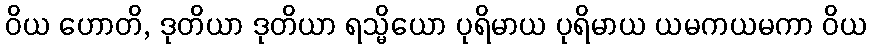
ဝိယ ဟောတိ, ဒုတိယာ ဒုတိယာ ရသ္မိယော ပုရိမာယ ပုရိမာယ ယမကယမကာ ဝိယ